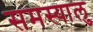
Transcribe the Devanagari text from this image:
समस्यालु